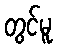
တွင်မူ